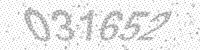
Solution: 031652